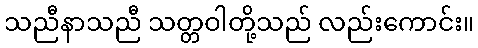
သညီနာသညီ သတ္တဝါတို့သည် လည်းကောင်း။